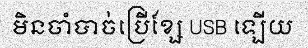
មិនចាំបាច់ប្រើខ្សែ USB ឡើយ